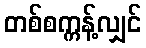
တစ်စက္ကန့်လျှင်